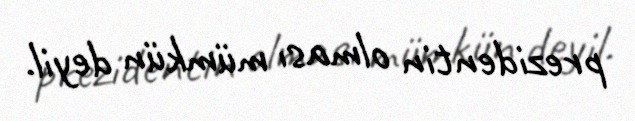
prezidentin olması mümkün deyil.